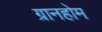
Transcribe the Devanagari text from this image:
ग्रानहोम